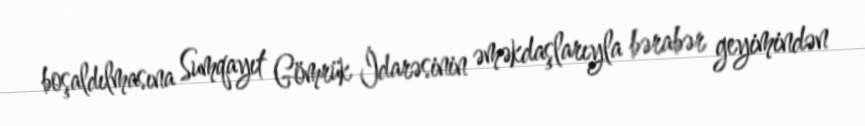
boşaldılmasına Sumqayıt Gömrük İdarəsinin əməkdaşlarıyla bərabər geyimindən